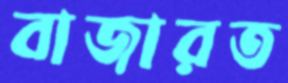
বাজারত